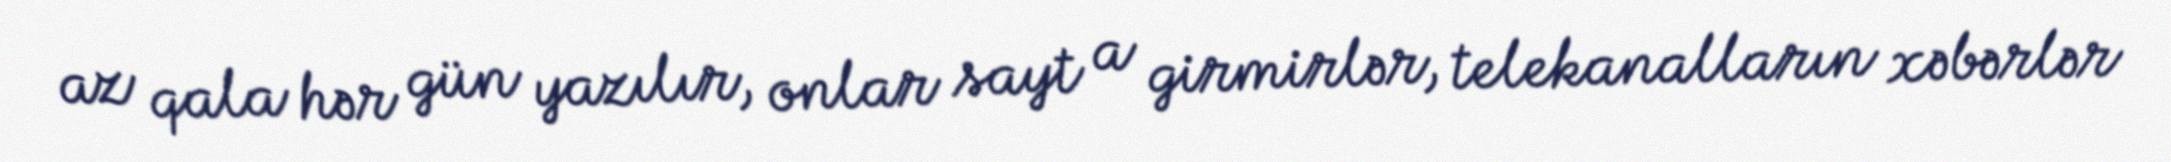
az qala hər gün yazılır, onlar sayt a girmirlər, telekanalların xəbərlər